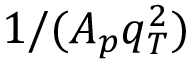
1 / ( A _ { p } q _ { T } ^ { 2 } )